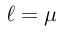
\ell = \mu